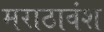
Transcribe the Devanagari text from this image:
मराठावंश